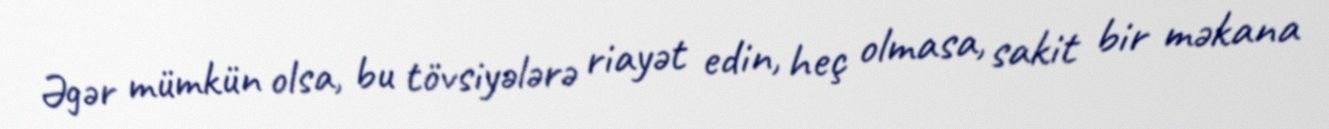
Əgər mümkün olsa, bu tövsiyələrə riayət edin, heç olmasa, sakit bir məkana